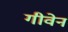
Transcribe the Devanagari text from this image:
गीवेन